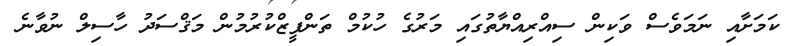
ކަމަށާއި ނަމަވެސް ވަކިން ސިއްރިއްޔާތުގައި މަރުގެ ހުކުމް ތަންފީޒްކުރުމުން މަޤްސަދު ހާސިލް ނުވާނެ